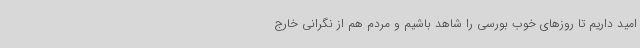
امید داریم تا روزهای خوب بورسی را شاهد باشیم و مردم هم از نگرانی خارج